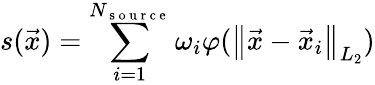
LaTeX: s(\vec{x})=\sum_{i=1}^{N_{\mathrm{~s~o~u~r~c~e~}}}\omega_{i}\varphi(\left\lVert\vec{x}-\vec{x}_{i}\right\rVert_{L_{2}})